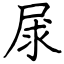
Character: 㞗